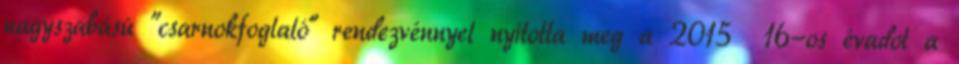
nagyszabású "csarnokfoglaló" rendezvénnyel nyitotta meg a 2015 16-os évadot a